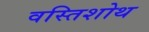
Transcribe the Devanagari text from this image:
वस्तिशोथ